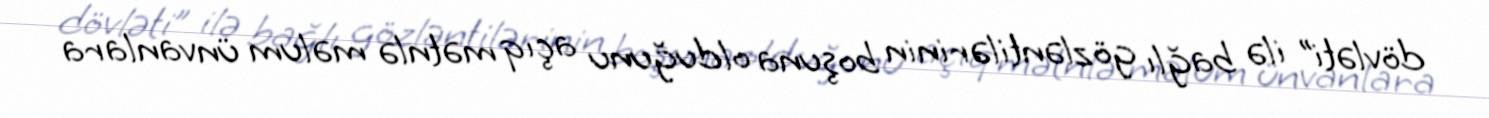
dövləti” ilə bağlı gözləntilərinin boşuna olduğunu açıq mətnlə məlum ünvanlara